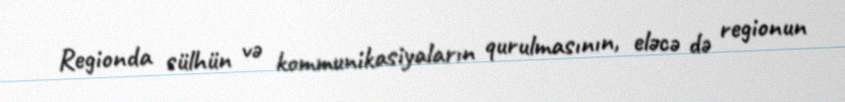
Regionda sülhün və kommunikasiyaların qurulmasının, eləcə də regionun